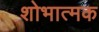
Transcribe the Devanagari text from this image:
शोभात्मक